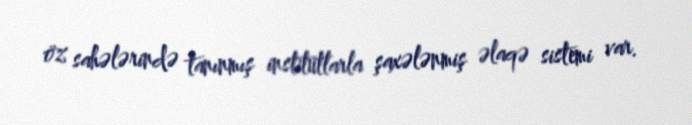
öz sahələrində tanınmış institutlarla şaxələnmiş əlaqə sistemi var.